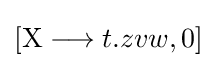
[\mathrm {X} \longrightarrow t.zvw,0]